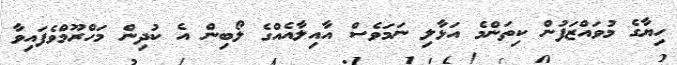
ހިޔާގެ މުވައްޒަފުން ކިތަންމެ އަޅާލި ނަމަވެސް އާއިލާއެއްގެ ލޯބިން އެ ކުދިން މަހްރޫމްވެފައިވާ